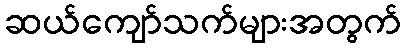
ဆယ်ကျော်သက်များအတွက်